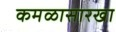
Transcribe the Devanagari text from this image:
कमळासारखा